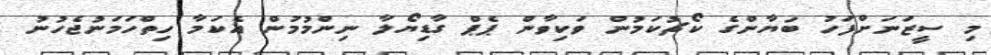
މި ސީޒަނަށްފަހު ބަޔާންގެ ކޯޗުކަމުން ވަކިވާން ޕެޕް ގާޑިޔޯލާ ނިންމުމުން އެކަމާ ހިތްހަމަނުޖެހުނު